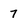
Character: 7